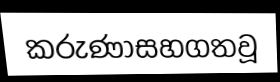
කරුණාසහගතවූ